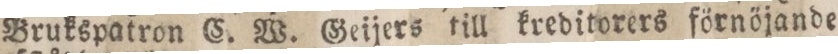
Brukspatron C. W. Geijers till kreditorers förnöjande